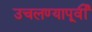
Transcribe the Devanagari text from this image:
उचलण्यापूर्वी